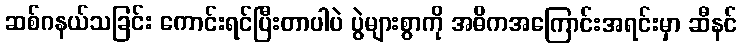
ဆစ်ဂနယ်သခြင်း ကောင်းရင်ပြီးတာပါပဲ ပွဲများစွာကို အဓိကအကြောင်းအရင်းမှာ ဆီနင်